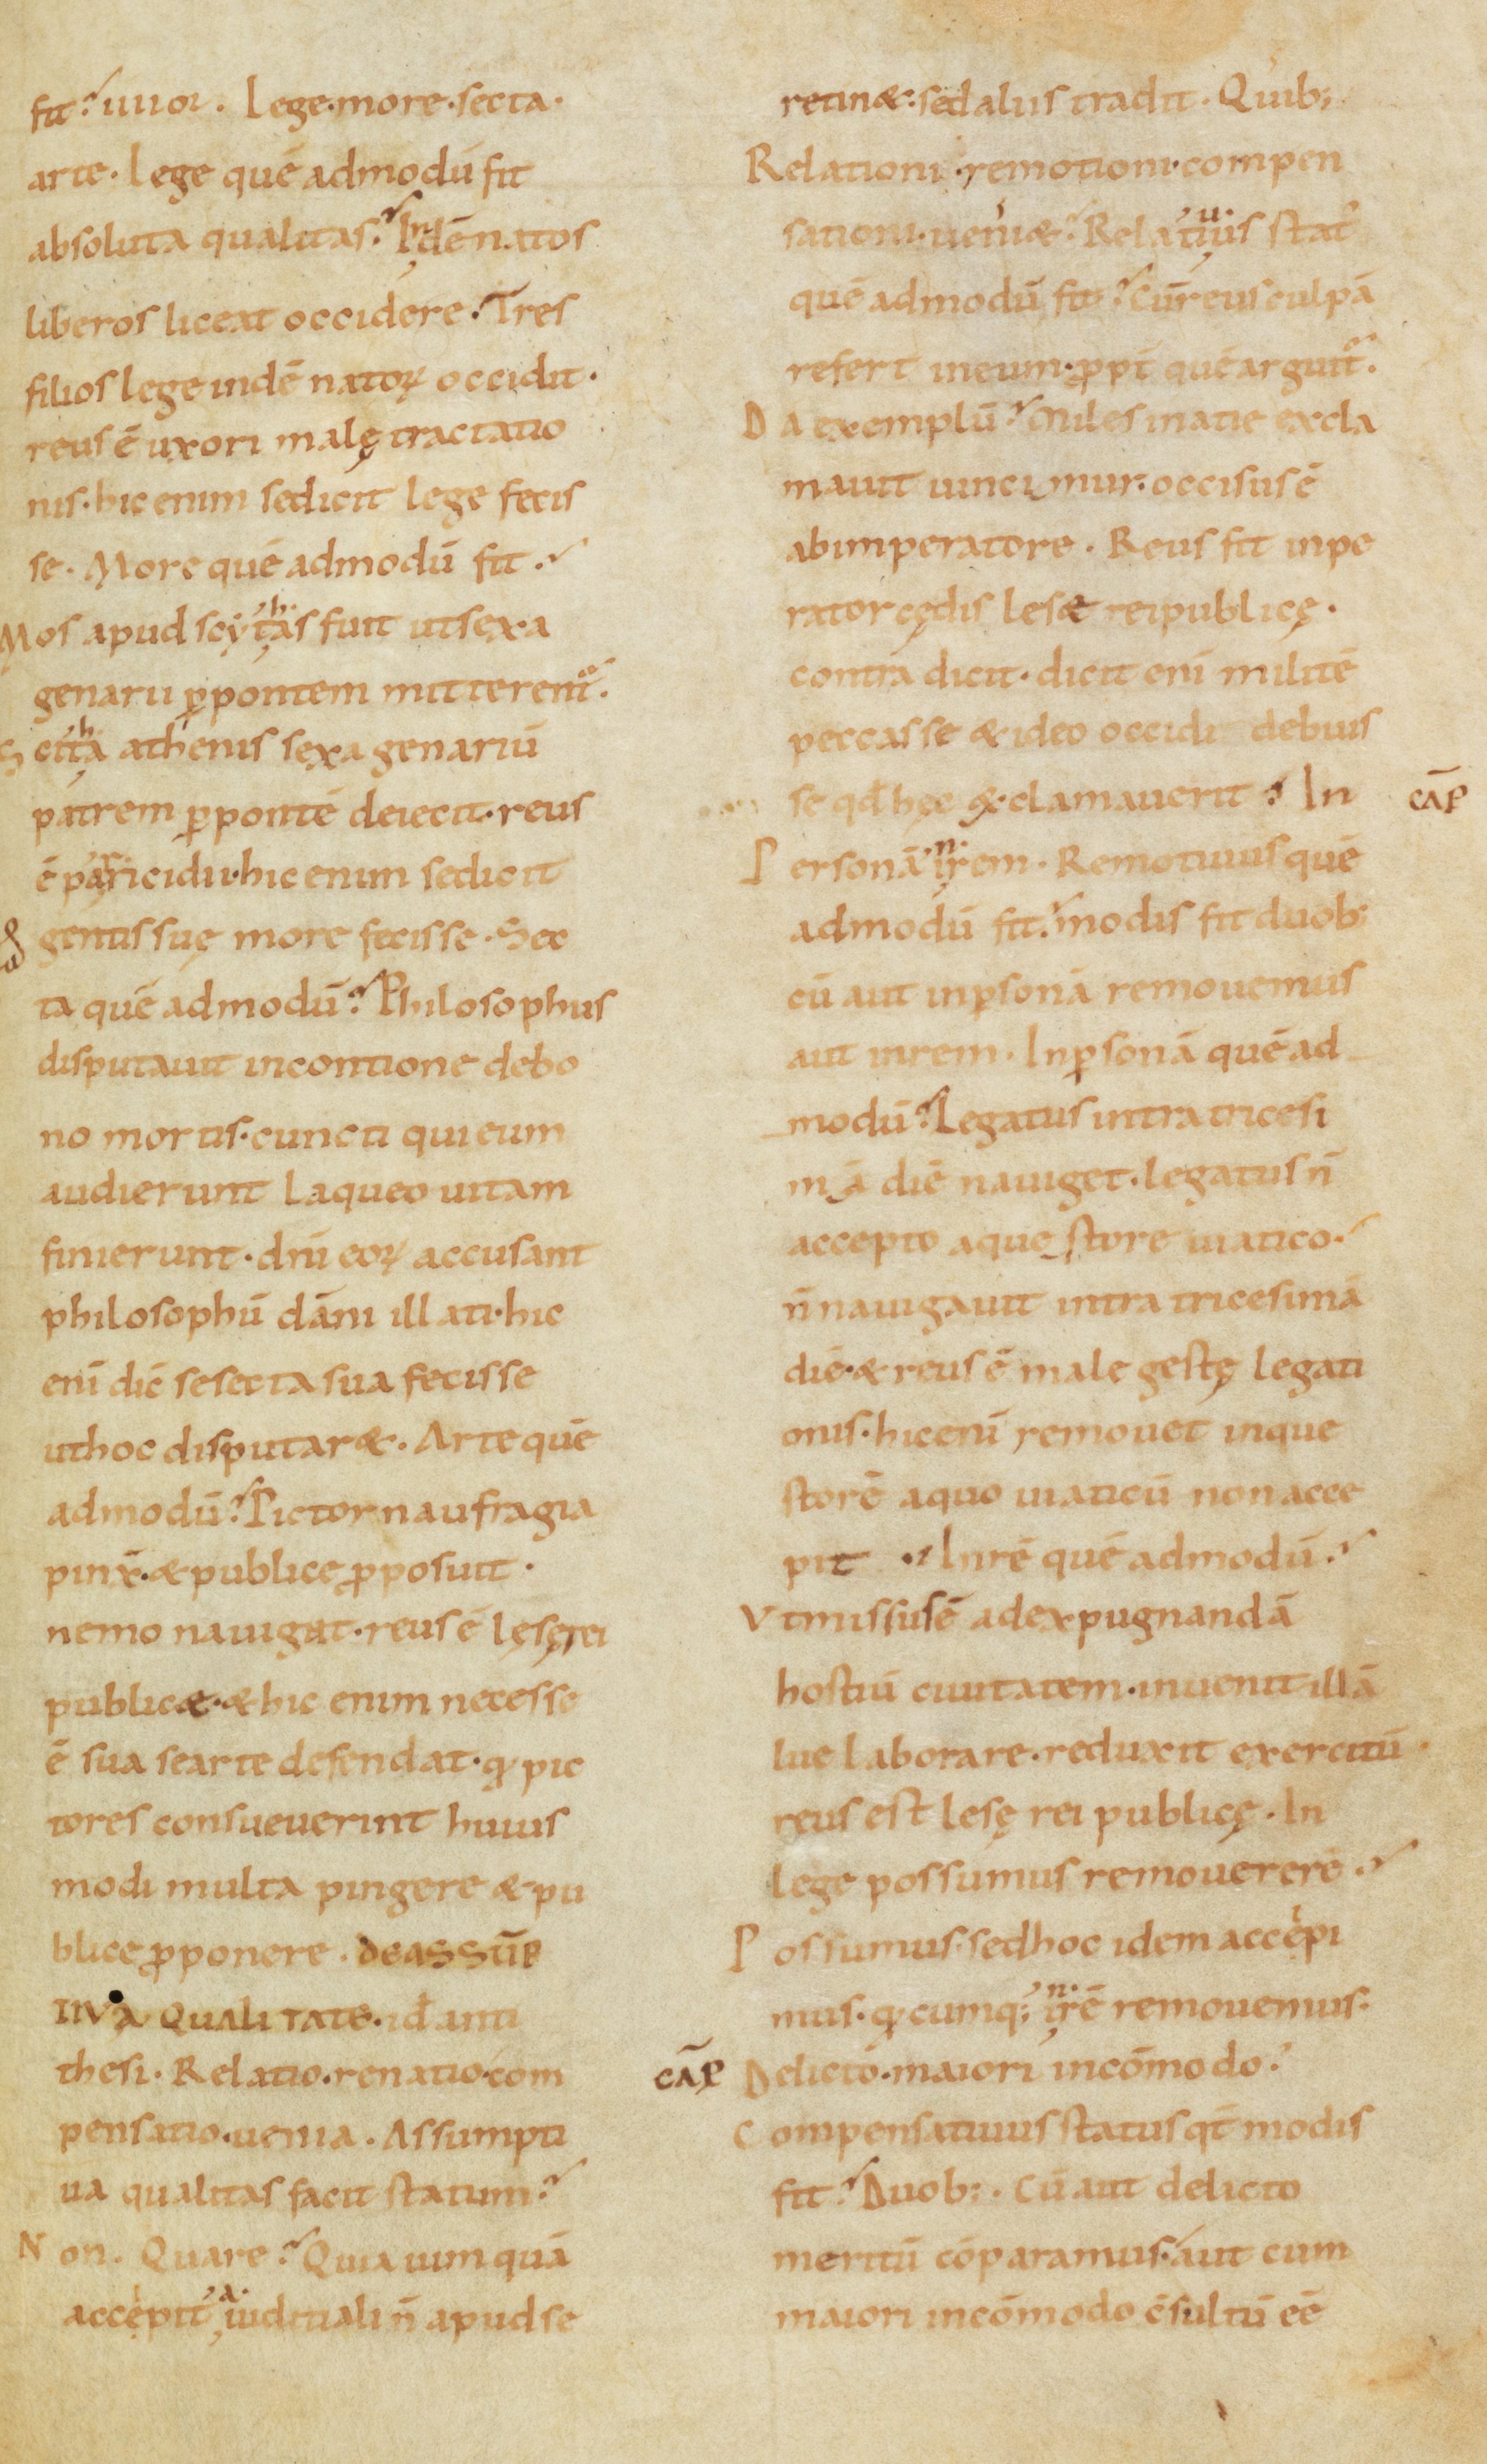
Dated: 900–999